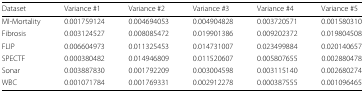
<table><thead><tr><td><b>Dataset</b></td><td><b>Variance #1</b></td><td><b>Variance #2</b></td><td><b>Variance #3</b></td><td><b>Variance #4</b></td><td><b>Variance #5</b></td></tr></thead><tbody><tr><td>MI-Mortality</td><td>0.001759124</td><td>0.004694053</td><td>0.004904828</td><td>0.003720571</td><td>0.001580310</td></tr><tr><td>Fibrosis</td><td>0.003124527</td><td>0.008085472</td><td>0.019901386</td><td>0.009202372</td><td>0.019804508</td></tr><tr><td>FLIP</td><td>0.006604973</td><td>0.011325453</td><td>0.014731007</td><td>0.023499884</td><td>0.020140657</td></tr><tr><td>SPECTF</td><td>0.000380482</td><td>0.014946809</td><td>0.011520607</td><td>0.005807655</td><td>0.002880478</td></tr><tr><td>Sonar</td><td>0.003887830</td><td>0.001792209</td><td>0.003004598</td><td>0.003115140</td><td>0.002680274</td></tr><tr><td>WBC</td><td>0.001071784</td><td>0.001769331</td><td>0.002912278</td><td>0.000387555</td><td>0.001096465</td></tr></tbody></table>